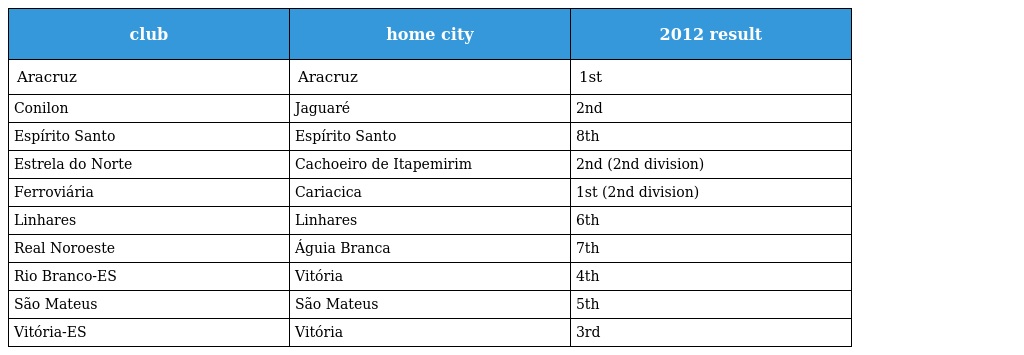
| club | home city | 2012 result |
 | --- | --- | --- |
 | Aracruz | Aracruz | 1st |
 | Conilon | Jaguaré | 2nd |
 | Espírito Santo | Espírito Santo | 8th |
 | Estrela do Norte | Cachoeiro de Itapemirim | 2nd (2nd division) |
 | Ferroviária | Cariacica | 1st (2nd division) |
 | Linhares | Linhares | 6th |
 | Real Noroeste | Águia Branca | 7th |
 | Rio Branco-ES | Vitória | 4th |
 | São Mateus | São Mateus | 5th |
 | Vitória-ES | Vitória | 3rd |